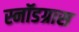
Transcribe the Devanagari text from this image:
स्नॉडग्रास